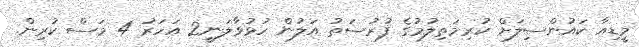
މީޑިއާ ކައުންސިލަށް ކުރިމަތިލުމުގެ ފުރުސަތު އަލުން ހުޅުވާލަނީ2 އަހަރު 4 މަސް ކުރިން.